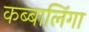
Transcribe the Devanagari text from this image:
कब्बालिंगा